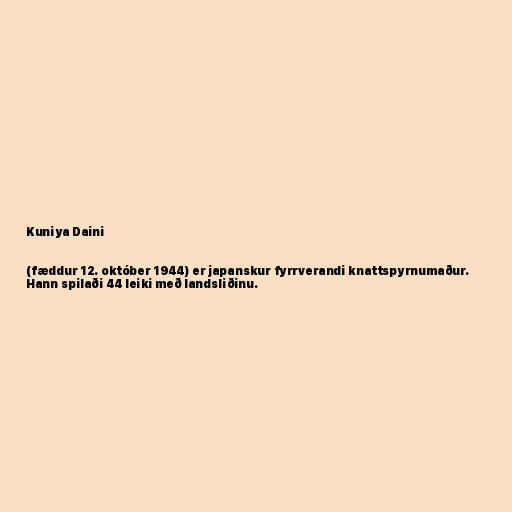
Kuniya Daini

(fæddur 12. október 1944) er japanskur fyrrverandi knattspyrnumaður.
Hann spilaði 44 leiki með landsliðinu.